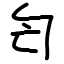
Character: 匄